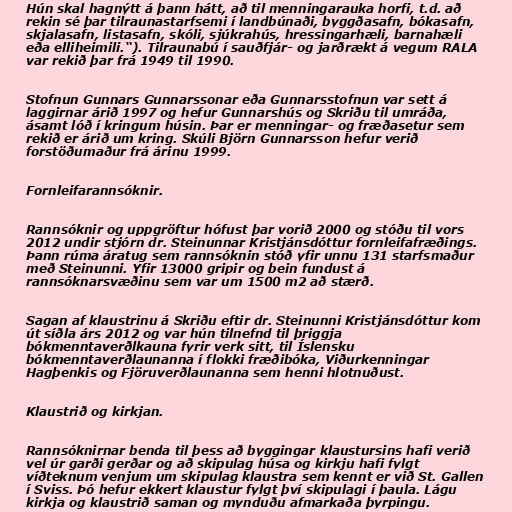
Hún skal hagnýtt á þann hátt, að til menningarauka horfi, t.d. að
rekin sé þar tilraunastarfsemi í landbúnaði, byggðasafn, bókasafn,
skjalasafn, listasafn, skóli, sjúkrahús, hressingarhæli, barnahæli
eða elliheimili.“). Tilraunabú í sauðfjár- og jarðrækt á vegum RALA
var rekið þar frá 1949 til 1990.

Stofnun Gunnars Gunnarssonar eða Gunnarsstofnun var sett á
laggirnar árið 1997 og hefur Gunnarshús og Skriðu til umráða,
ásamt lóð í kringum húsin. Þar er menningar- og fræðasetur sem
rekið er árið um kring. Skúli Björn Gunnarsson hefur verið
forstöðumaður frá árinu 1999.

Fornleifarannsóknir.

Rannsóknir og uppgröftur hófust þar vorið 2000 og stóðu til vors
2012 undir stjórn dr. Steinunnar Kristjánsdóttur fornleifafræðings.
Þann rúma áratug sem rannsóknin stóð yfir unnu 131 starfsmaður
með Steinunni. Yfir 13000 gripir og bein fundust á
rannsóknarsvæðinu sem var um 1500 m2 að stærð.

Sagan af klaustrinu á Skriðu eftir dr. Steinunni Kristjánsdóttur kom
út síðla árs 2012 og var hún tilnefnd til þriggja
bókmenntaverðlkauna fyrir verk sitt, til Íslensku
bókmenntaverðlaunanna í flokki fræðibóka, Viðurkenningar
Hagþenkis og Fjöruverðlaunanna sem henni hlotnuðust.

Klaustrið og kirkjan.

Rannsóknirnar benda til þess að byggingar klaustursins hafi verið
vel úr garði gerðar og að skipulag húsa og kirkju hafi fylgt
víðteknum venjum um skipulag klaustra sem kennt er við St. Gallen
í Sviss. Þó hefur ekkert klaustur fylgt því skipulagi í þaula. Lágu
kirkja og klaustrið saman og mynduðu afmarkaða þyrpingu.